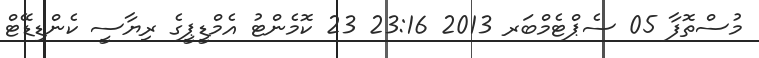
މުސްތޮފާ 05 ސެޕްޓެމްބަރ 2013 23:16 23 ކޮމެންޓު އެމްޑީޕީގެ ރިޔާސީ ކެންޑިޑޭޓް